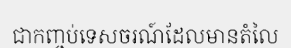
ជាកញ្ចប់ទេសចរណ៍ដែលមានតំលៃ